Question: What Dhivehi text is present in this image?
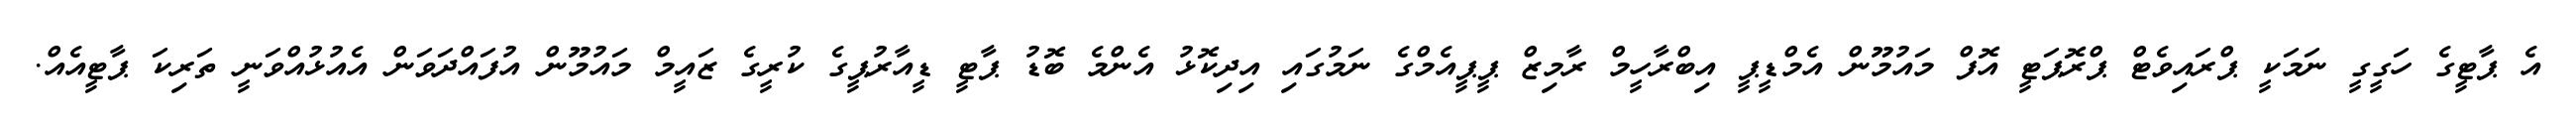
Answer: އެ ޕާޓީގެ ހަގީގީ ނަމަކީ ޕްރައިވެޓް ޕްރޮޕަޓީ އޮފް މައުމޫން އެމްޑީޕީ އިބްރާހީމް ރާމިޒް ޕީޕީއެމްގެ ނަމުގައި އިދިކޮޅު އެންމެ ބޮޑު ޕާޓީ ޑީއާރުޕީގެ ކުރީގެ ޒައީމް މައުމޫން އުފައްދަވަން އެއުޅުއްވަނީ ތަރިކަ ޕާޓީއެއް.